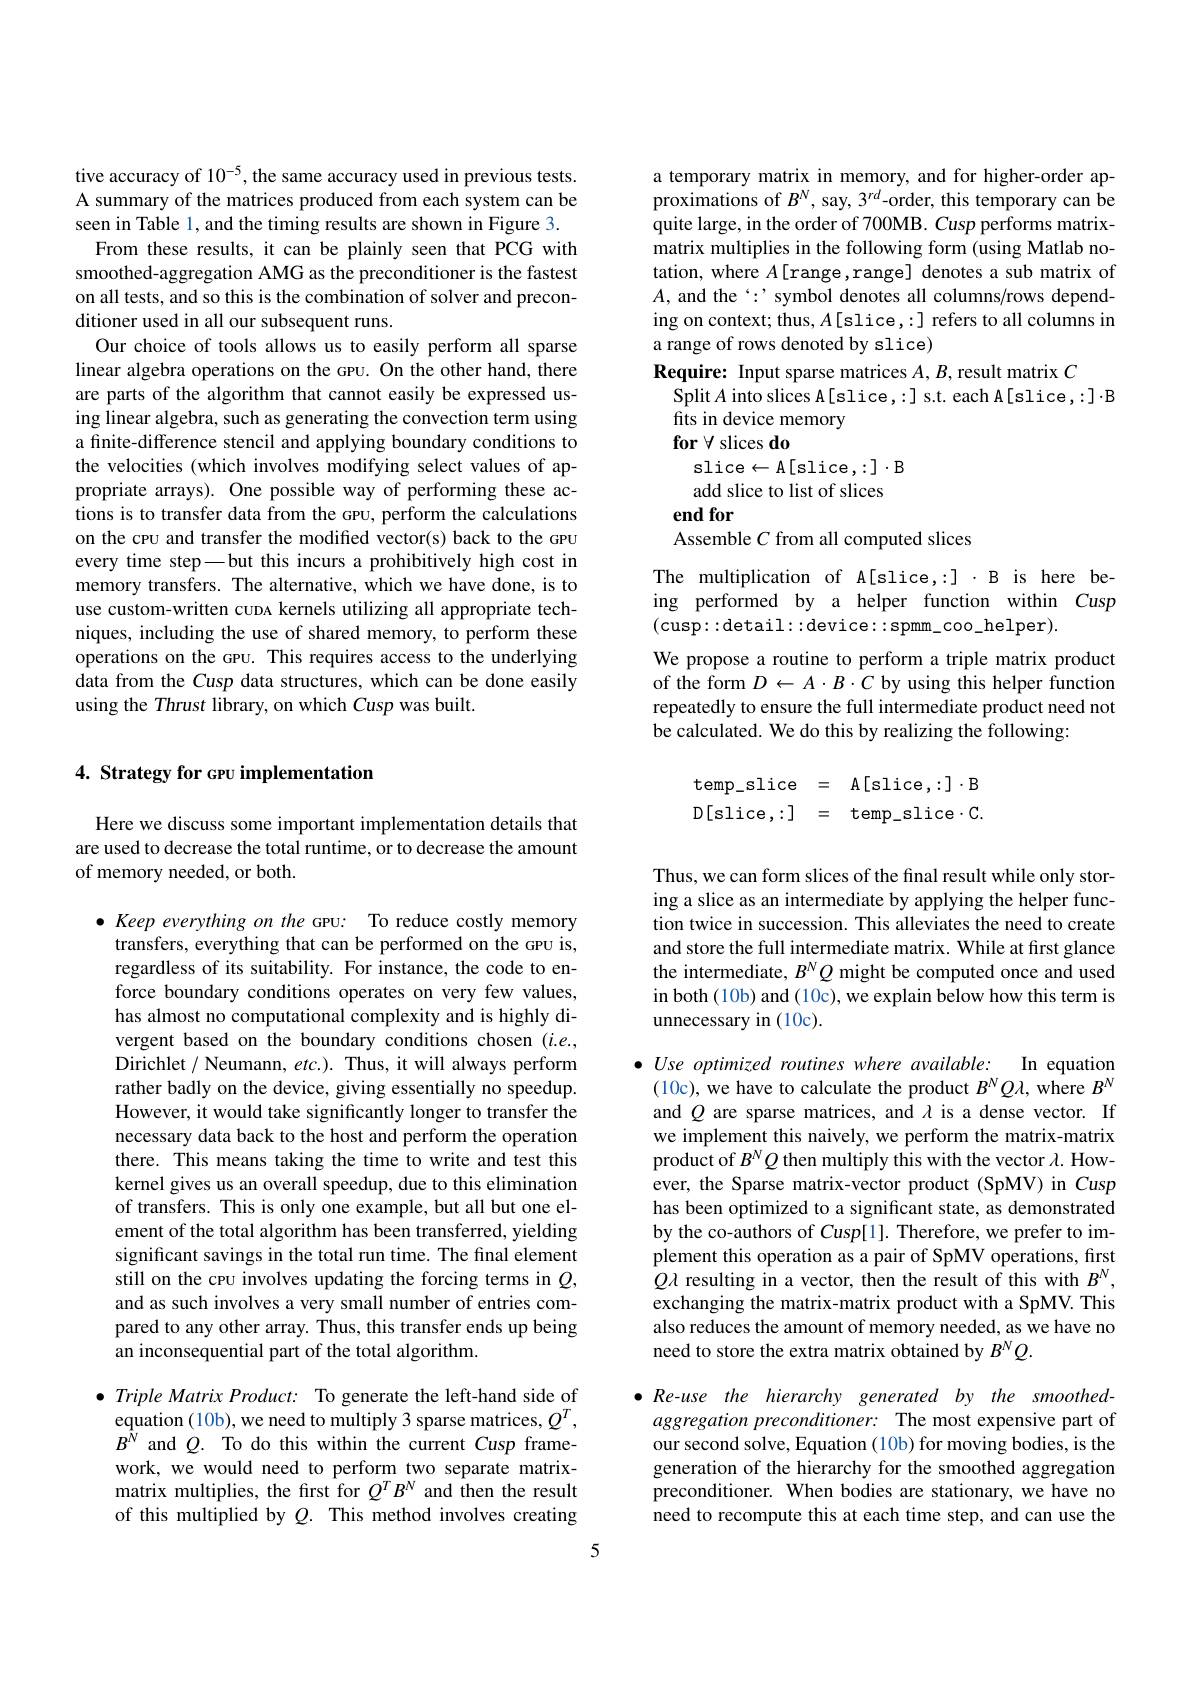
tive accuracy of $10^{-5}$, the same accuracy used in previous tests. A summary of the matrices produced from each system can be seen in Table 1, and the timing results are shown in Figure 3. From these results, it can be plainly seen that PCG with smoothed-aggregation AMG as the preconditioner is the fastest on all tests, and so this is the combination of solver and preconditioner used in all our subsequent runs.
Our choice of tools allows us to easily perform all sparse linear algebra operations on the GPU. On the other hand, there are parts of the algorithm that cannot easily be expressed using linear algebra, such as generating the convection term using a finite-difference stencil and applying boundary conditions to the velocities (which involves modifying select values of appropriate arrays). One possible way of performing these actions is to transfer data from the GPU, perform the calculations on the cru and transfer the modified vector(s) back to the GPU every time step—but this incurs a prohibitively high cost in memory transfers. The alternative, which we have done, is to use custom-written cupa kernels utilizing all appropriate techniques, including the use of shared memory, to perform these operations on the GPU. This requires access to the underlying data from the Cusp data structures, which can be done easily using the Thrust library, on which Cusp was built.

## 4. Strategy for GPU implementation

Here we discuss some important implementation details that are used to decrease the total runtime, or to decrease the amount of memory needed, or both.

$\bullet$ Keep everything on the GPU: To reduce costly memory
transfers, everything that can be performed on the GPU is, regardless of its suitability. For instance, the code to enforce boundary conditions operates on very few values, has almost no computational complexity and is highly divergent based on the boundary conditions chosen $(i.e.$, Dirichlet / Neumann, $etc.).$ Thus, it will always perform rather badly on the device, giving essentially no speedup. However, it would take significantly longer to transfer the necessary data back to the host and perform the operation there. This means taking the time to write and test this kernel gives us an overall speedup, due to this elimination of transfers. This is only one example, but all but one element of the total algorithm has been transferred, yielding significant savings in the total run time. The final element still on the cru involves updating the forcing terms in $Q$, and as such involves a very small number of entries compared to any other array. Thus, this transfer ends up being an inconsequential part of the total algorithm.

$\bullet$ Triple Matrix Product: To generate the left-hand side of
equation (10b), we need to multiply 3 sparse matrices, $Q^T$, $B^{\hat{N}}$ and $Q.$ To do this within the current Cusp framework, we would need to perform two separate matrixmatrix multiplies, the first for $Q^TB^N$ and then the result of this multiplied by $Q.$ This method involves creating

a temporary matrix in memory, and for higher-order approximations of $B^N$, say, 3$^{rd}$-order, this temporary can be quite large, in the order of 700MB. Cusp performs matrixmatrix multiplies in the following form (using Matlab notation, where $A[$range,range] denotes a sub matrix of $A$, and the $‘:’$symbol denotes all columns/rows depending on context; thus, $A[$slice,:] refers to all columns in a range of rows denoted by slice)
Require: Input sparse matrices $A,B$, result matrix $C$
Split $A$ into slices A[slice,:] s.t. each A[slice,:]·B
fits in device memory
$\textbf{for}\forall$slices do
slice$\leftarrow$A[slice,:]$\cdot$B add slice to list of slices end for
Assemble $C$ from all computed slices
The multiplication of A[slice,:] .B is here being performed by a helper function within Cusp (cusp::detail::device::spmm\_coo\_helper).
We propose a routine to perform a triple matrix product of the form $D\leftarrow A\cdot B\cdot C$ by using this helper function repeatedly to ensure the full intermediate product need not be calculated. We do this by realizing the following:
$$\begin{array}{rcl}\text{temp slice}&=&\text{A[slice,:]}\cdot\text{B}\\\text{D[slice,:]}&=&\text{temp slice}\cdot\text{C.}\end{array}$$
Thus, we can form slices of the final result while only storing a slice as an intermediate by applying the helper function twice in succession. This alleviates the need to create and store the full intermediate matrix. While at first glance the intermediate, $B^NQ$ might be computed once and used in both (10b) and (10c), we explain below how this term is unnecessary in (10c).

$\bullet Use\textit{optimized routines where available: }$ In equation (10c), we have to calculate the product $B^NQ\lambda$, where $B^N$ and $\varrho$ are sparse matrices, and $\lambda$ is a dense vector. If we implement this naively, we perform the matrix-matrix product of $B^NQ$ then multiply this with the vector $\lambda.$ However, the Sparse matrix-vector product (SpMV) in Cusp has been optimized to a significant state, as demonstrated by the co-authors of Cusp[1]. Therefore, we prefer to implement this operation as a pair of SpMV operations, first $Q\lambda$ resulting in a vector, then the result of this with $B^N$, exchanging the matrix-matrix product with a SpMV. This also reduces the amount of memory needed, as we have no need to store the extra matrix obtained by $B^NQ.$

$\bullet Re- use$ the hierarchy generated $by$ the $smoothed-$ aggregation preconditioner: The most expensive part of our second solve, Equation (10b) for moving bodies, is the generation of the hierarchy for the smoothed aggregation preconditioner. When bodies are stationary, we have no need to recompute this at each time step, and can use the

5